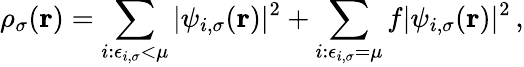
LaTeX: \rho_{\sigma}(\boldsymbol{\textbf{r}})=\sum_{i:\epsilon_{i,\sigma}<\mu}|\psi_{i,\sigma}(\boldsymbol{\textbf{r}})|^{2}+\sum_{i:\epsilon_{i,\sigma}=\mu}f|\psi_{i,\sigma}(\boldsymbol{\textbf{r}})|^{2}\, ,